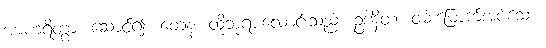
အာဟရိတွာ၊ ဆောင်၍။ တေန၊ ထိုဘုရားလောင်းသည်။ ဥဒါနိတံ၊ ဝမ်းမြောက်အပ်သော။